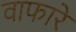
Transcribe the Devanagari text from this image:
वाफारे